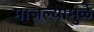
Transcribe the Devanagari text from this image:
माजल्यामुळे